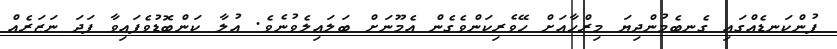
ފުންކަނޑެއްގައި ގެނބެމުންދިޔަ މިރްހާއަށް ހޭވެރިކަންވެގެން އެމޫނަށް ބަލައިލެވުނެވެ. އުލާ ކަންބޮޑުވެފައިވާ ފަދަ ނަޒަރެއް